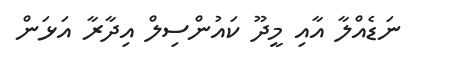
ނަޑެއްލާ އާއި މީދޫ ކައުންސިލް އިދާރާ އަޅަން